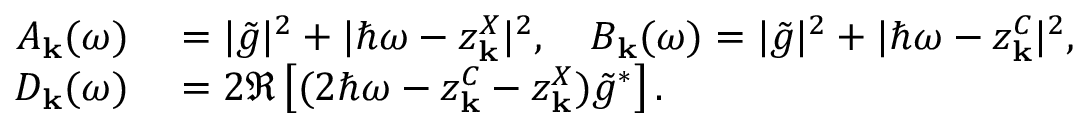
\begin{array} { r l } { A _ { \bf k } ( \omega ) } & { { } = | \tilde { g } | ^ { 2 } + | \hbar \omega - z _ { \bf k } ^ { X } | ^ { 2 } , ~ ~ ~ B _ { \bf k } ( \omega ) = | \tilde { g } | ^ { 2 } + | \hbar \omega - z _ { \bf k } ^ { C } | ^ { 2 } , } \\ { D _ { \bf k } ( \omega ) } & { { } = 2 \Re \left[ ( 2 \hbar \omega - z _ { \bf k } ^ { C } - z _ { \bf k } ^ { X } ) \tilde { g } ^ { * } \right] . } \end{array}